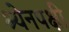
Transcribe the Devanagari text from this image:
श्येनपक्षी